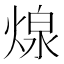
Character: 𮳲